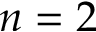
n = 2